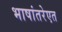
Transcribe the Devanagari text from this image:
भाषांतरेएत